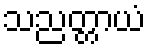
သညတ္တာယံ